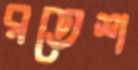
রতেশ